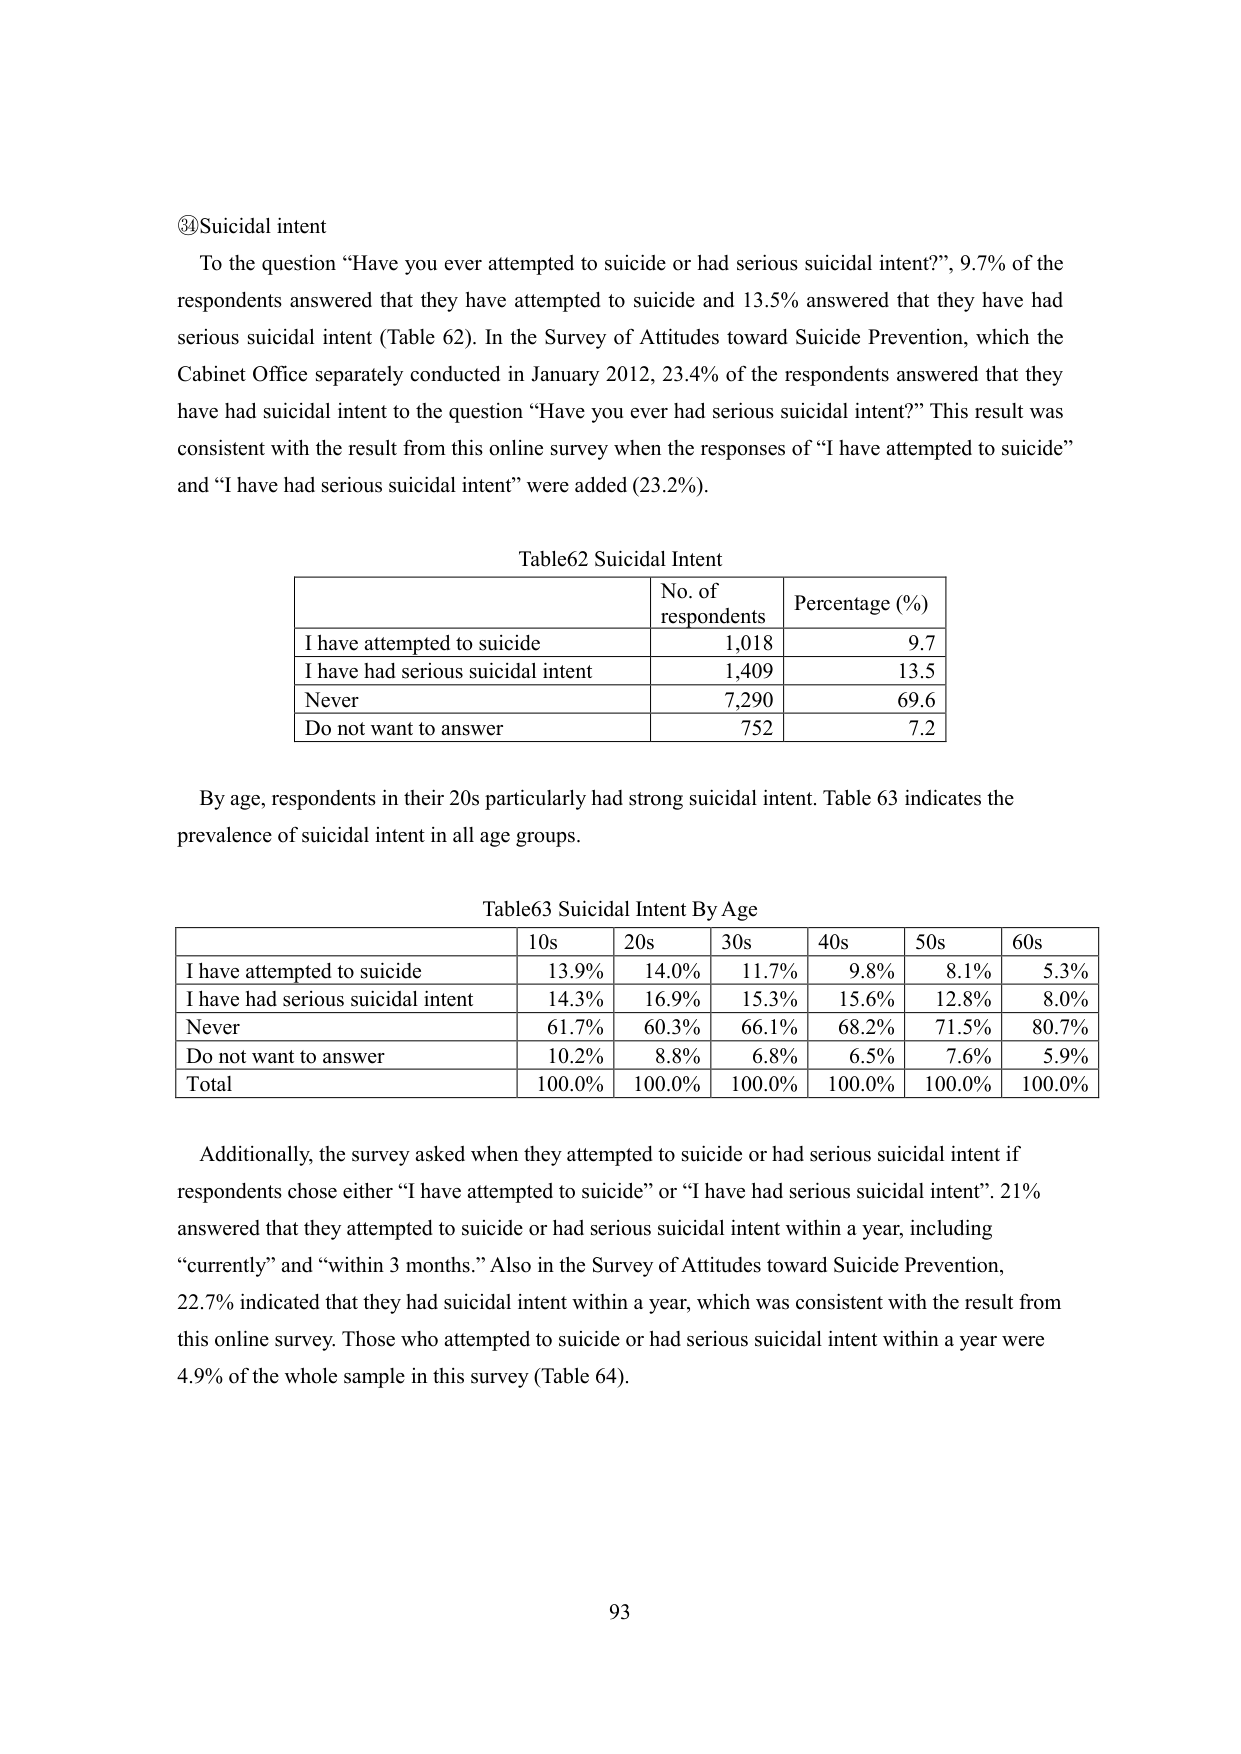
③Suicidal intent
To the question “Have you ever attempted to suicide or had serious suicidal intent?”, 9.7% of the respondents answered that they have attempted to suicide and 13.5% answered that they have had serious suicidal intent (Table 62). In the Survey of Attitudes toward Suicide Prevention, which the Cabinet Office separately conducted in January 2012, 23.4% of the respondents answered that they have had suicidal intent to the question “Have you ever had serious suicidal intent?” This result was consistent with the result from this online survey when the responses of “I have attempted to suicide” and “I have had serious suicidal intent” were added (23.2%).

Table62 Suicidal Intent
| | No. of respondents | Percentage (%) |
|---|---|---|
| I have attempted to suicide | 1,018 | 9.7 |
| I have had serious suicidal intent | 1,409 | 13.5 |
| Never | 7,290 | 69.6 |
| Do not want to answer | 752 | 7.2 |

By age, respondents in their 20s particularly had strong suicidal intent. Table 63 indicates the prevalence of suicidal intent in all age groups.

Table63 Suicidal Intent By Age
| | 10s | 20s | 30s | 40s | 50s | 60s |
|---|---|---|---|---|---|---|
| I have attempted to suicide | 13.9% | 14.0% | 11.7% | 9.8% | 8.1% | 5.3% |
| I have had serious suicidal intent | 14.3% | 16.9% | 15.3% | 15.6% | 12.8% | 8.0% |
| Never | 61.7% | 60.3% | 66.1% | 68.2% | 71.5% | 80.7% |
| Do not want to answer | 10.2% | 8.8% | 6.8% | 6.5% | 7.6% | 5.9% |
| Total | 100.0% | 100.0% | 100.0% | 100.0% | 100.0% | 100.0% |

Additionally, the survey asked when they attempted to suicide or had serious suicidal intent if respondents chose either “I have attempted to suicide” or “I have had serious suicidal intent”. 21% answered that they attempted to suicide or had serious suicidal intent within a year, including “currently” and “within 3 months.” Also in the Survey of Attitudes toward Suicide Prevention, 22.7% indicated that they had suicidal intent within a year, which was consistent with the result from this online survey. Those who attempted to suicide or had serious suicidal intent within a year were 4.9% of the whole sample in this survey (Table 64).

93